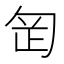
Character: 𭅊